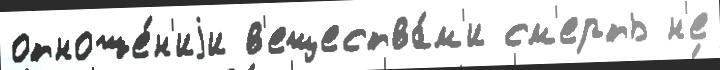
отноше́н'иjи в'ещества́м'и см'ерть н'е